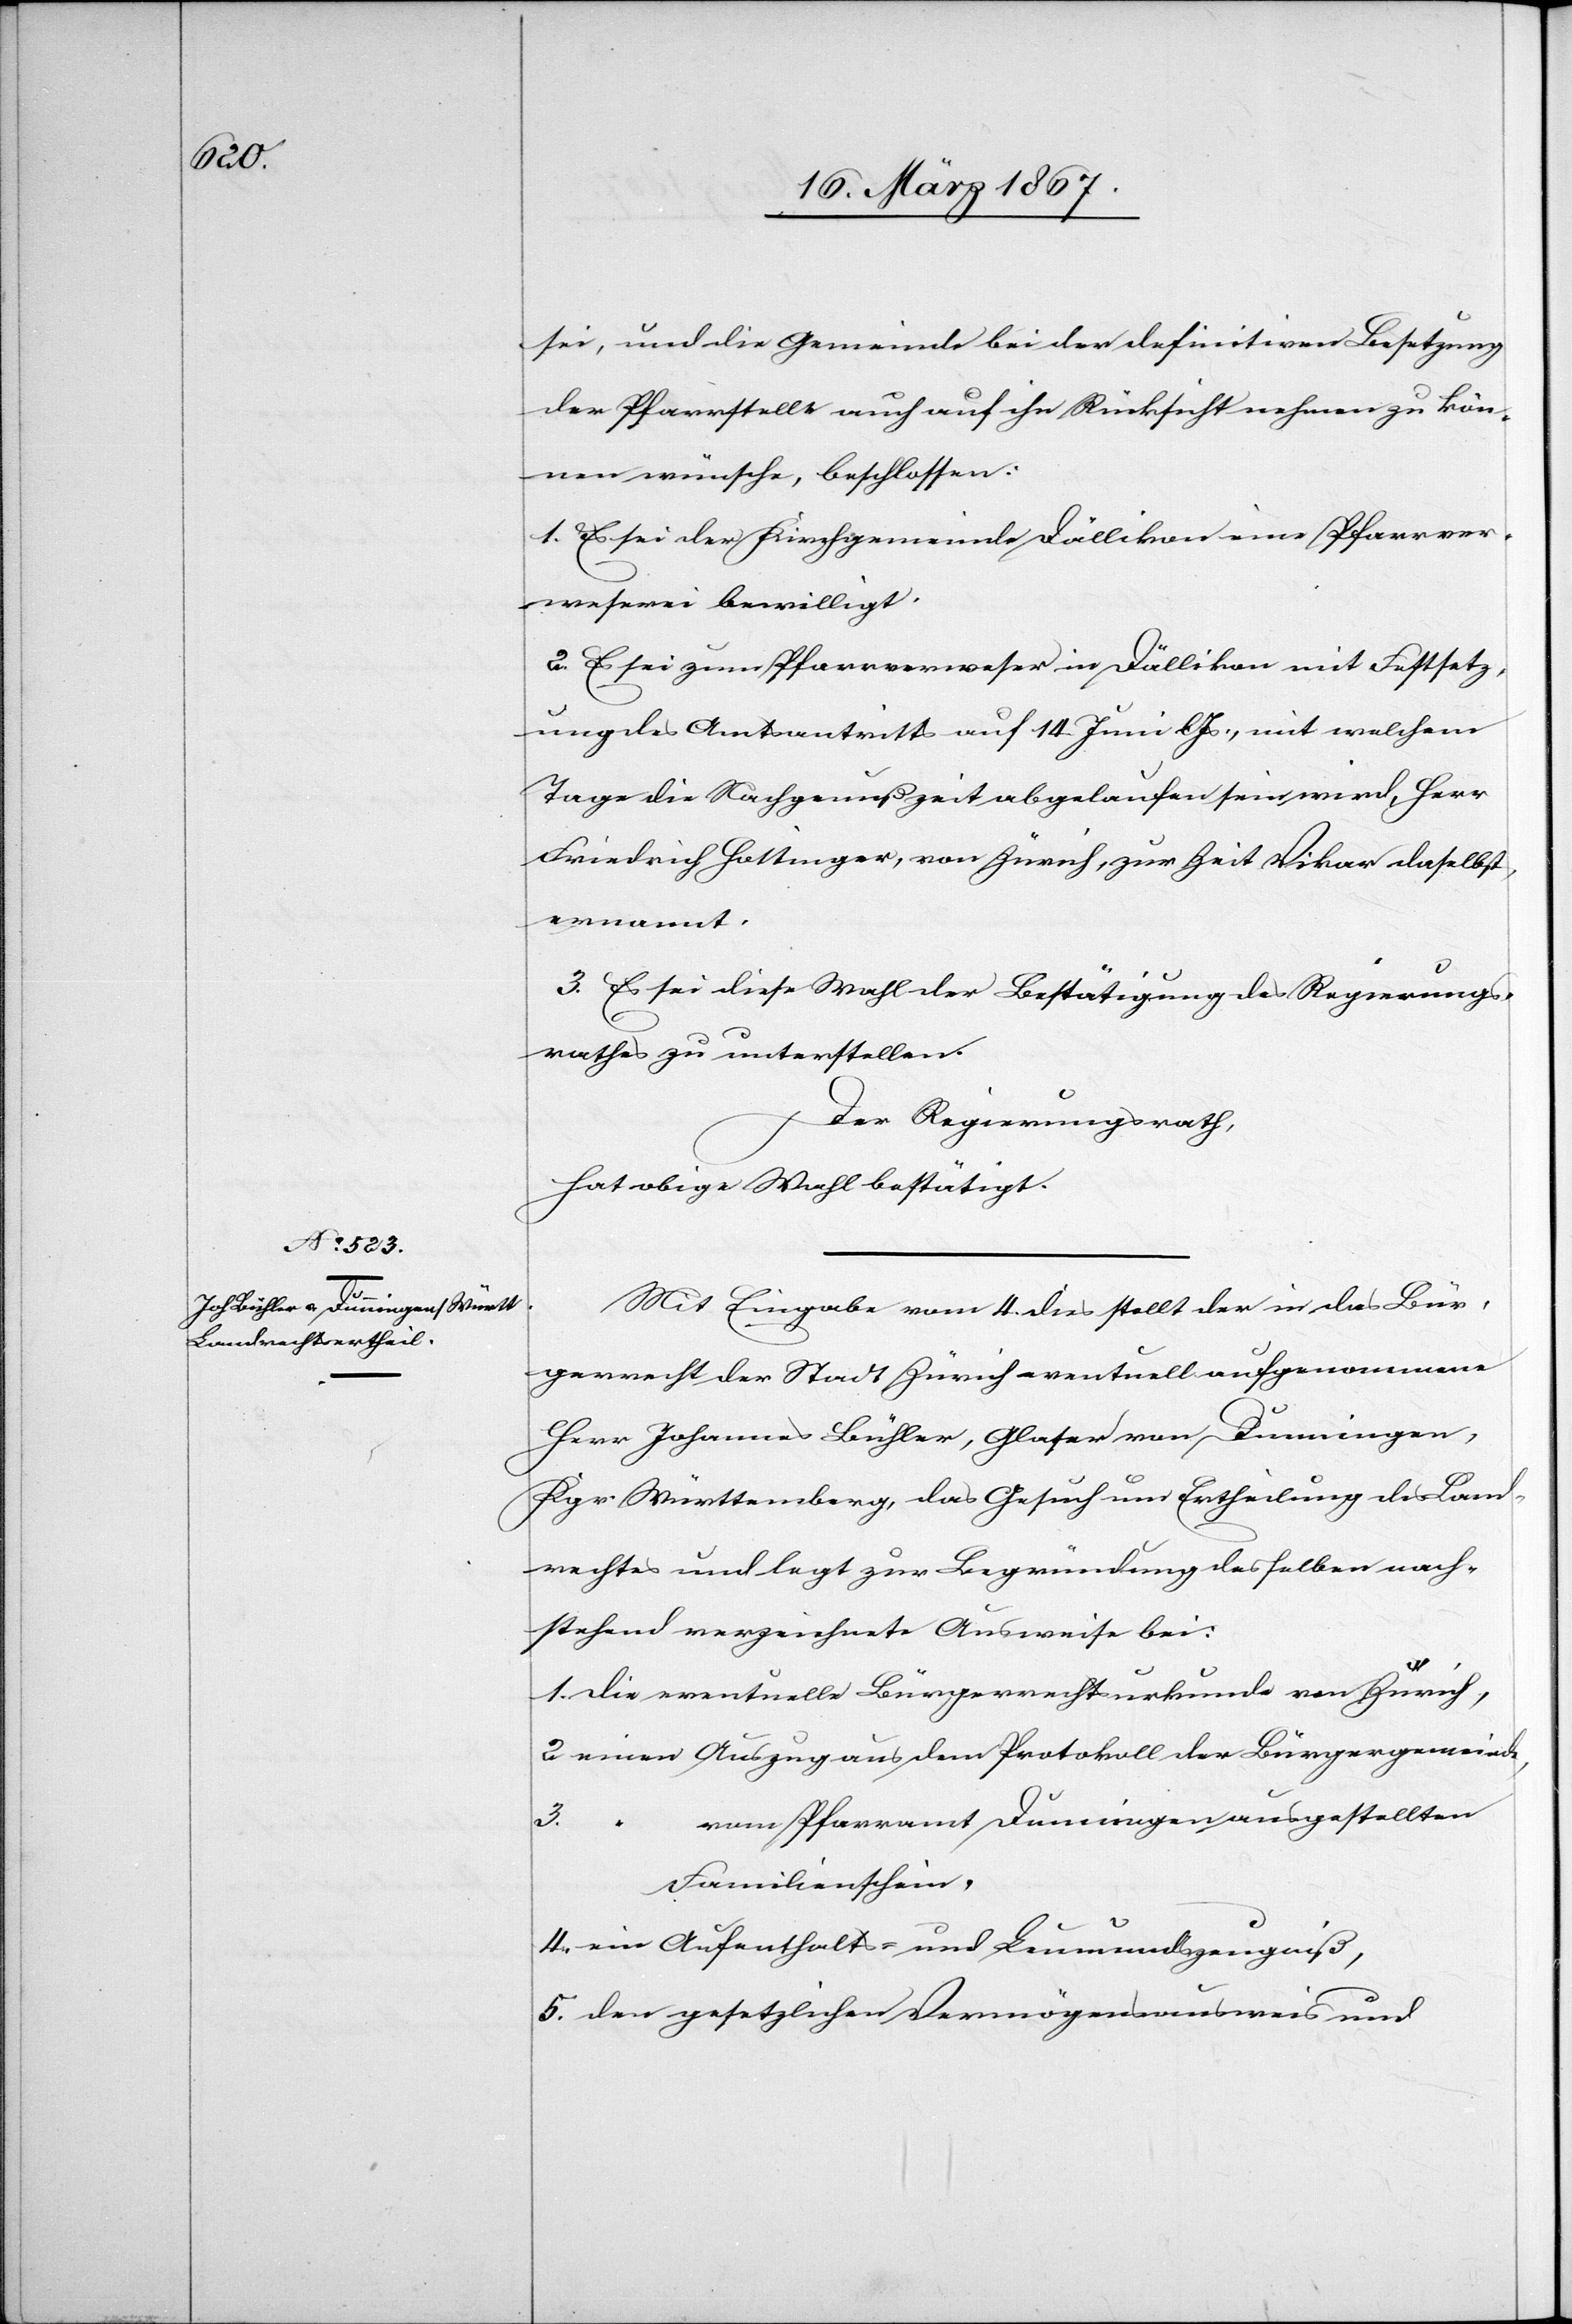
sei, und die Gemeinde bei der definitiven Besetzung
der Pfarrstelle auch auf ihn Rücksicht nehmen zu kön¬
nen wünsche, beschlossen:
1. Es sei der Kirchgemeinde Dällikon eine Pfarrver¬
weserei bewilligt.
2. Es sei zum Pfarrverweser in Dällikon mit Festsetz¬
ung des Amtsantritts auf 14. Juni l. Js., mit welchem
Tage die Nachgenußzeit abgelaufen sein wird, Herr
Friedrich Hottinger, von Zürich, zur Zeit Vikar daselbst,
ernannt.
3. Es sei diese Wahl der Bestätigung des Regierungs¬
rathes zu unterstellen.
Der Regierungsrath,
hat obige Wahl bestätigt.
Mit Eingabe vom 4. dies stellt der in das Bür¬
gerrecht der Stadt Zürich eventuell aufgenommene
Herr Johannes Bühler, Glaser von Dunningen,
Kgr. Württemberg, das Gesuch um Ertheilung des Land¬
rechts und legt zur Begründung desselben nach¬
stehend verzeichnete Ausweise bei:
1. die eventuelle Bürgerrechtsurkunde von Zürich,
2 einen Auszug aus dem Protokoll der Bürgergemeinde,
vom Pfarramt Dunningen ausgestellten
3.
Familienschein,
4. ein Aufenthalts- und Leumundszeugniß,
5. den gesetzlichen Vermögensausweis und